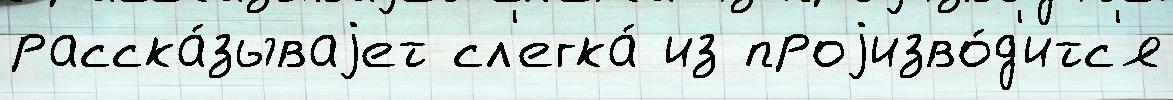
расска́зываjет сл'егка́ из проjизво́д'итс'я